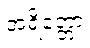
အရိတ္တော